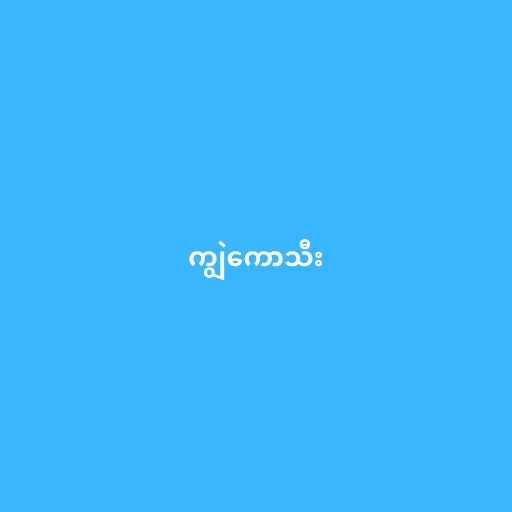
ကျွဲကောသီး